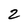
Character: 2